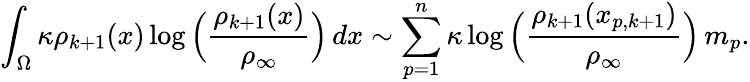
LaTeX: \int_{\Omega}\kappa\rho_{k+1}(x)\log\Big(\frac{\rho_{k+1}(x)}{\rho_{\infty}}\Big)\, dx\sim\sum_{p=1}^{n}\kappa\log\Big(\frac{\rho_{k+1}(x_{p,k+1})}{\rho_{\infty}}\Big)\, m_{p}.